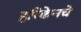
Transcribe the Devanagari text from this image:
हरिकेनचे